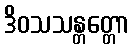
ဒိဝသသန္တတ္တော